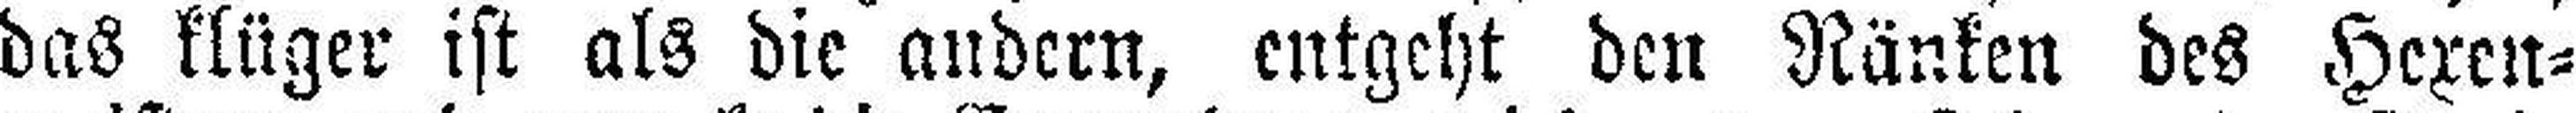
das klüger ist als die andern, entgeht den Ränken des Hexen¬